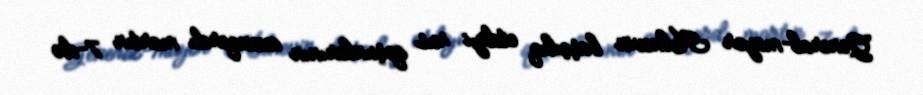
General-mayor Kulnevin başçılıq etdiyi rus qoşunlarının avanqardı martın 7-də